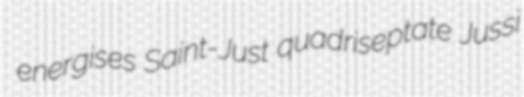
energises Saint-Just quadriseptate Jussi